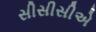
સીસીસીએ